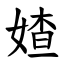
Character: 㜁